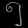
Digit: ၅